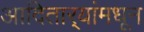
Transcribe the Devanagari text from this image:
आदितार्‍यांमधून